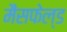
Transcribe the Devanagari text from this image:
मैंसफेल्ड